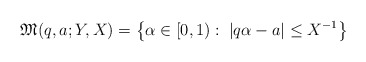
\begin{align*}\mathfrak M(q,a;Y,X)=\left\{ \alpha \in [0, 1): \; |q\alpha-a| \le X^{-1}\right\}\end{align*}